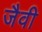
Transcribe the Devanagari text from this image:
जैवी